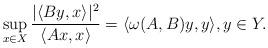
LaTeX: \begin{align*}\sup_{x\in X} \frac{|\langle By,x\rangle|^{2}}{\langle Ax,x\rangle}=\langle\omega(A,B)y,y\rangle,y\in Y.\end{align*}